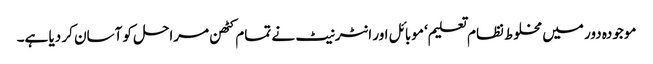
موجودہ دور میں مخلوط نظام تعلیم‘ موبائل اور انٹرنیٹ نے تمام کٹھن مراحل کو آسان کر دیا ہے۔